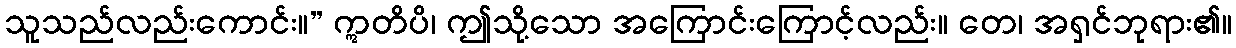
သူသည်လည်းကောင်း။” ဣတိပိ၊ ဤသို့သော အကြောင်းကြောင့်လည်း။ တေ၊ အရှင်ဘုရား၏။